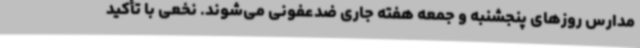
مدارس روزهای پنجشنبه و جمعه هفته جاری ضدعفونی می‌شوند. نخعی با تأکید